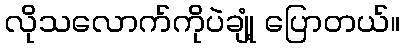
လိုသလောက်ကိုပဲချုံ့ ပြောတယ်။